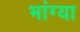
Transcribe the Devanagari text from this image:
भांग्या